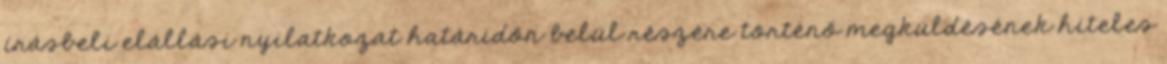
írásbeli elállási nyilatkozat határidőn belül részére történő megküldésének hiteles